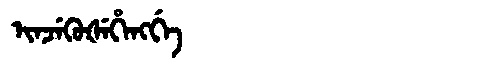
Manchu: ᡳᠨᠵᡝᡴᡠᡧᡝᡥᡝᠩᡤᡝ
Romanization: INJEKUŠEHENGGE